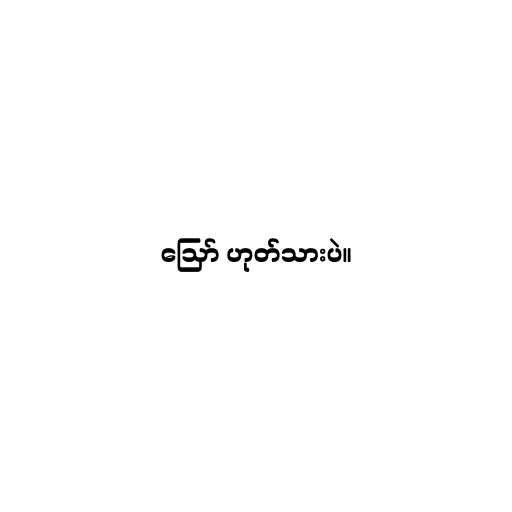
ဪ ဟုတ်သားပဲ။